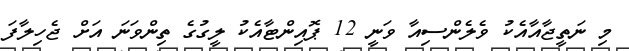
މި ނަތީޖާއާއެކު ވެލެންސިއާ ވަނީ 12 ޕޮއިންޓާއެކު ލީގުގެ ތިންވަނަ އަށް ޖެހިލާފަ